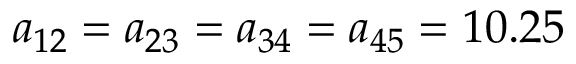
a _ { 1 2 } = a _ { 2 3 } = a _ { 3 4 } = a _ { 4 5 } = 1 0 . 2 5